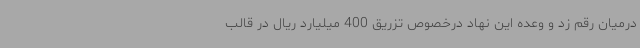
درمیان رقم زد و وعده این نهاد درخصوص تزریق 400 میلیارد ریال در قالب